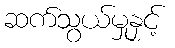
ဆက်သွယ်မှုနှင့်